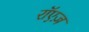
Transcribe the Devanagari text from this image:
रॉएज़